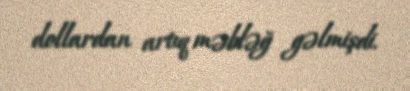
dollardan artıq məbləğ gəlmişdi.